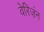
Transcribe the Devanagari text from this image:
वेरिज़ंन